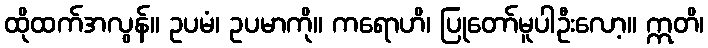
ထိုထက်အလွန်။ ဥပမံ၊ ဥပမာကို။ ကရောဟိ၊ ပြုတော်မူပါဦးလော့။ ဣတိ၊